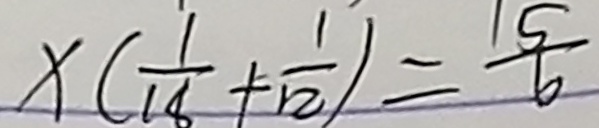
x ( \frac { 1 } { 1 8 } + \frac { 1 } { 1 2 } ) = \frac { 5 } { 6 }